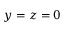
y = z = 0